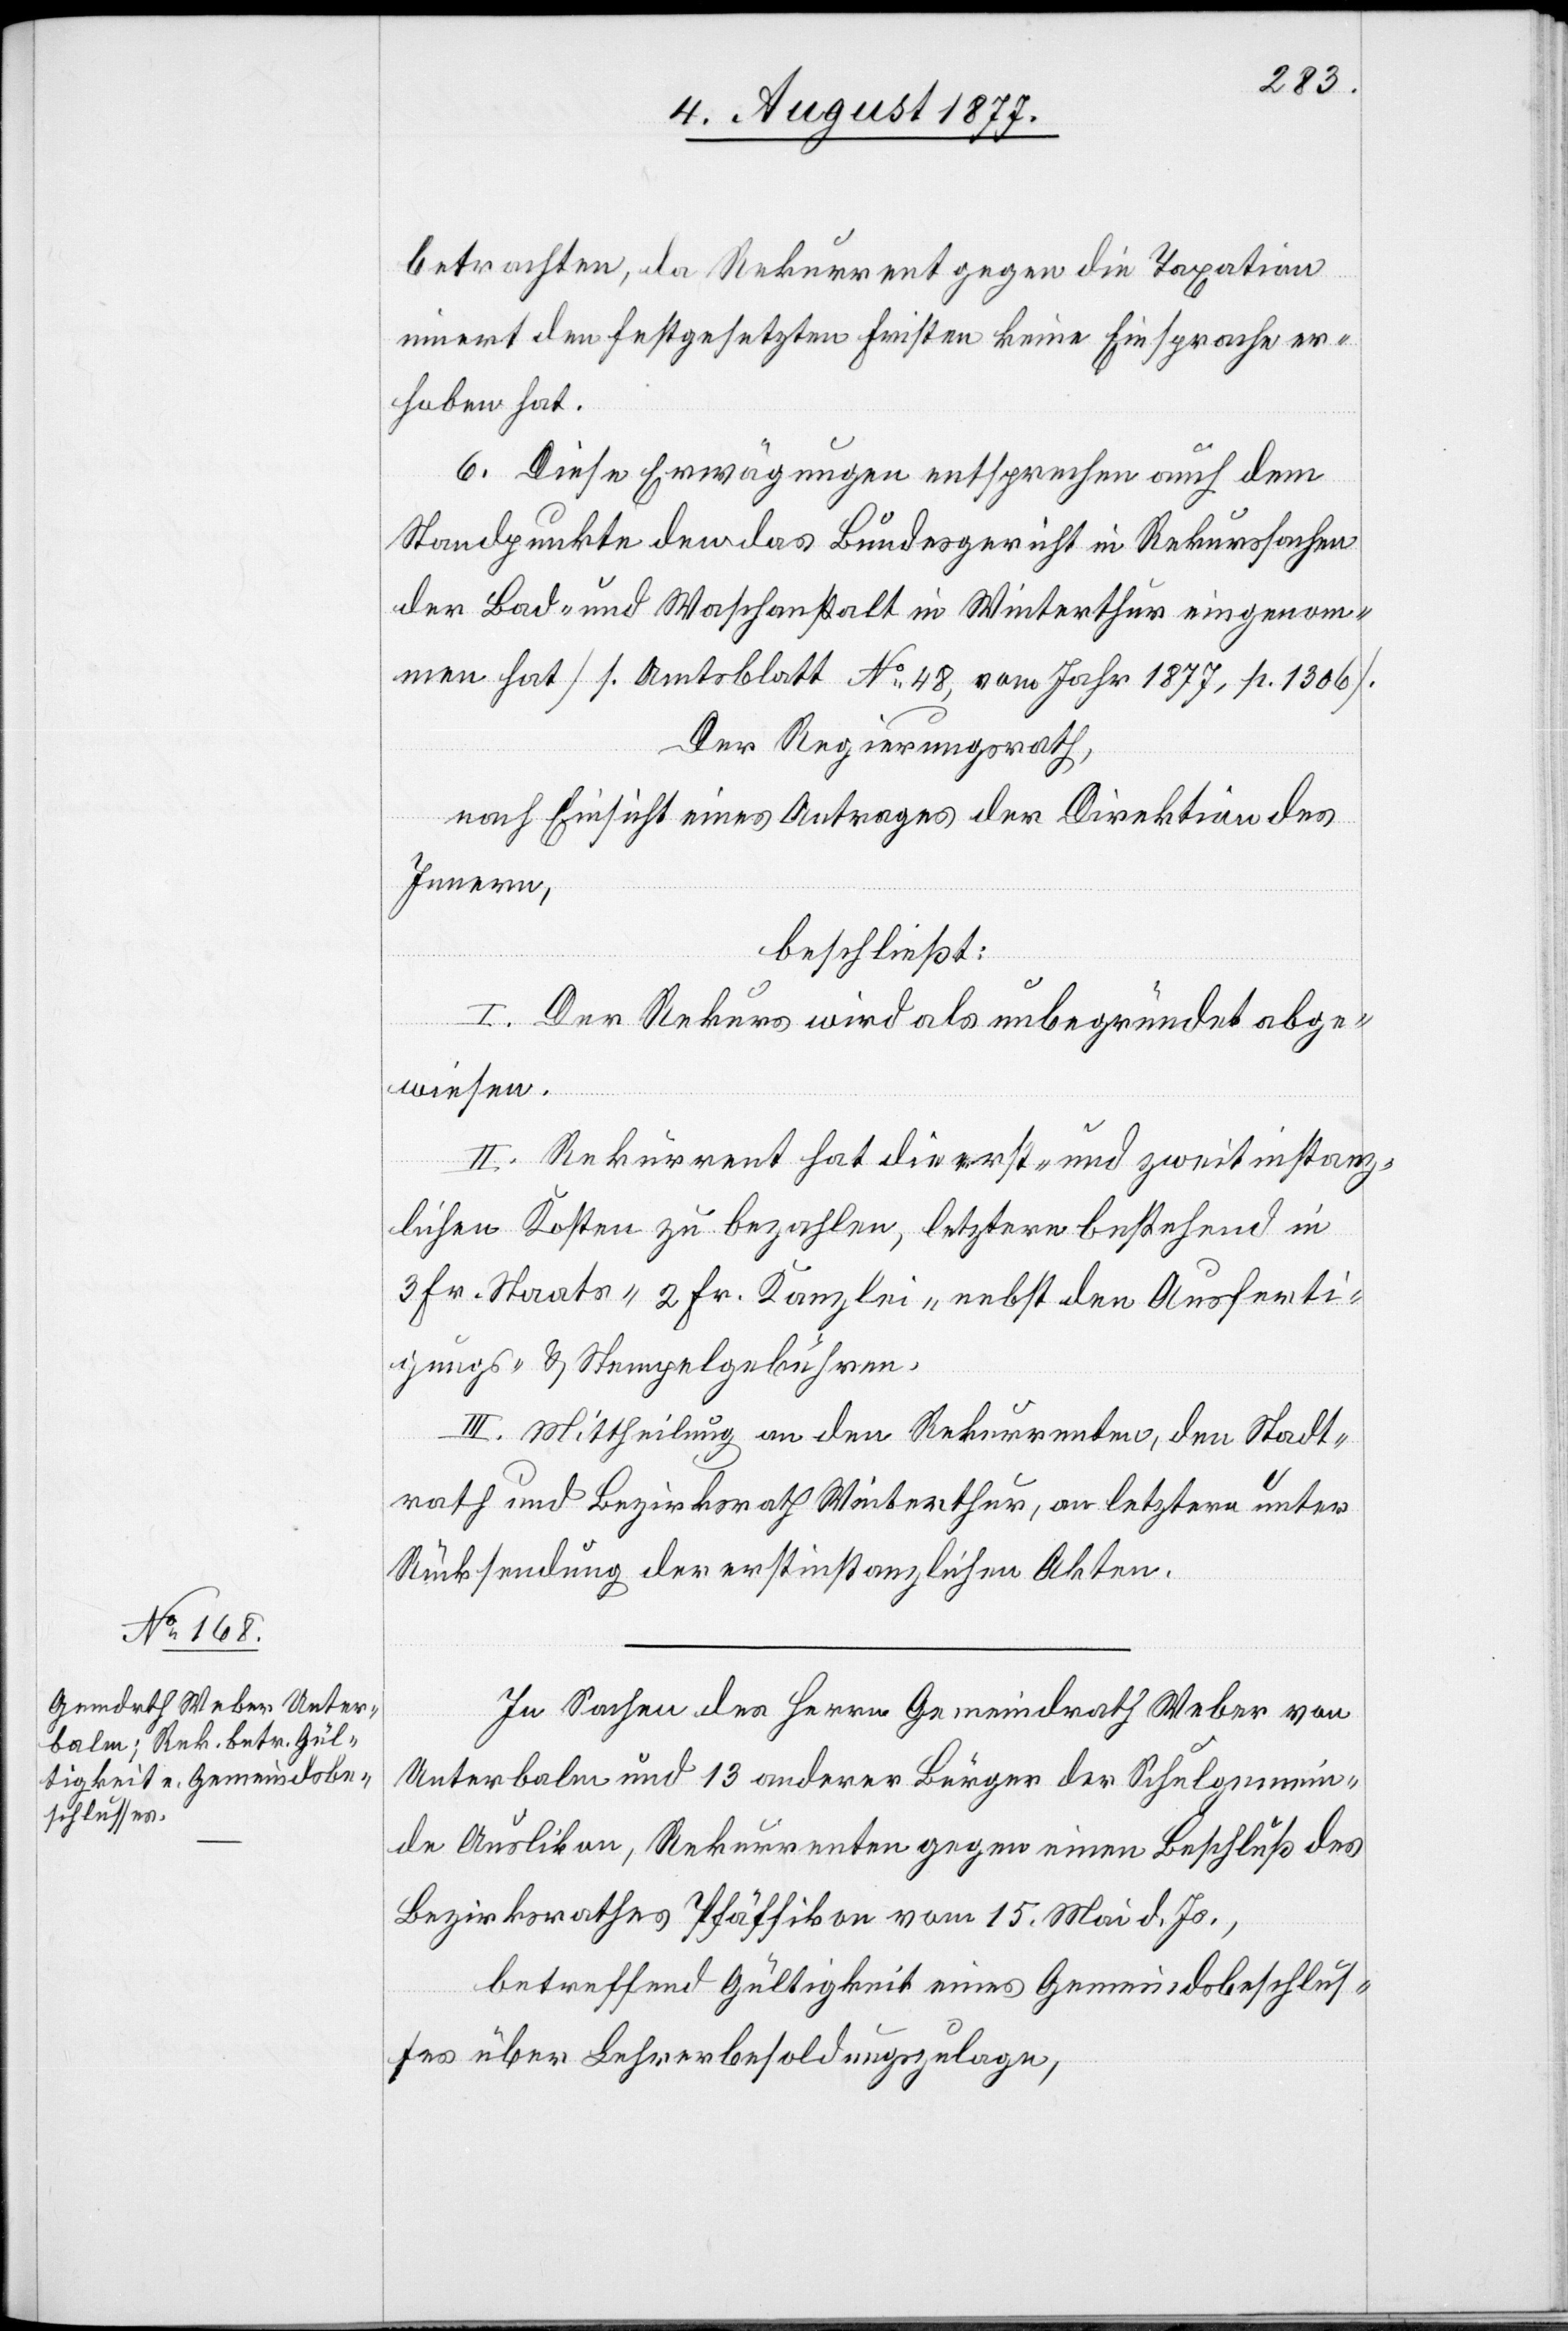
betrachten, da Rekurrent gegen die Taxation
innert den festgesetzten Fristen keine Einsprache er¬
hoben hat.
6. Diese Erwägungen entsprechen auch dem
Standpunkte den das Bundesgericht in Rekurssachen
der Bad- und Waschanstalt in Winterthur eingenom¬
men hat [s. Amtsblatt No 48, vom Jahr 1877, p. 1306].
Der Regierungsrath,
nach Einsicht eines Antrages der Direktion des
Innern,
beschließt:
I. Der Rekurs wird als unbegründet abge¬
wiesen.
II. Rekurrent hat die erst- und zweitinstanz¬
lichen Kosten zu bezahlen, letztere bestehend in
3 Fr. Staats-[,] 2 Fr. Kanzlei-[,] nebst den Ausferti¬
gungs- & Stempelgebühren.
III. Mittheilung an den Rekurrenten, den Stadt¬
rath und Bezirksrath Winterthur, an letztern unter
Rücksendung der erstinstanzlichen Akten.
In Sachen des Herrn Gemeindrath Weber von
Unterbalm und 13 anderer Bürger der Schulgemein¬
de Auslikon, Rekurrenten gegen einen Beschluß des
Bezirksrathes Pfäffikon vom 15. Mai d. Js.,
betreffend Gültigkeit eines Gemeindsbeschlus¬
ses über Lehrerbesoldungszulage,